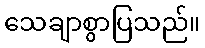
သေချာစွာပြသည်။